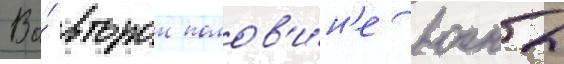
Во́ второи полов'и́н'е воины